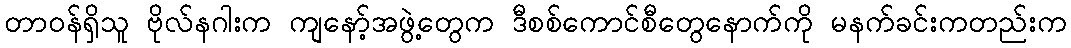
တာဝန်ရှိသူ ဗိုလ်နဂါးက ကျနော့်အဖွဲ့တွေက ဒီစစ်ကောင်စီတွေနောက်ကို မနက်ခင်းကတည်းက